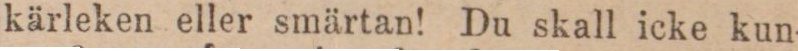
kärleken eller smärtan! Du skall icke kun-